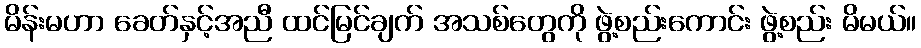
မိန်းမဟာ ခေတ်နှင့်အညီ ထင်မြင်ချက် အသစ်တွေကို ဖွဲ့စည်းကောင်း ဖွဲ့စည်း မိမယ်။